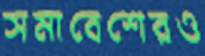
সমাবেশেরও